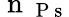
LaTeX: \mathrm{~n~}_{\mathrm{~P~s~}}